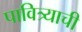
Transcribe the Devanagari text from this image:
पावित्र्याची